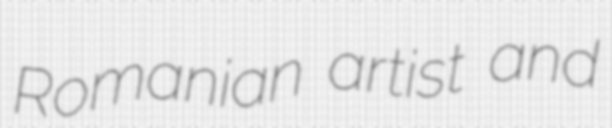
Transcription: Romanian artist and